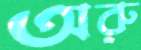
অরু